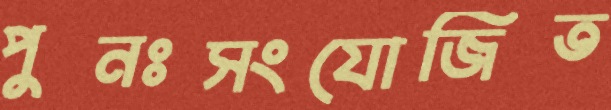
পুনঃসংযোজিত